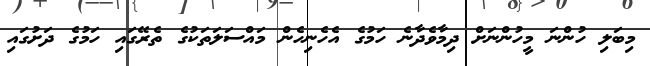
މިބަލި ހުންނަ މީހުންނަށް ދިމާވެދާނެ ހަމުގެ އެހެނިހެން މައްސަލަތަކުގެ ތެރޭގައި ހަމުގެ ދަށުގައި